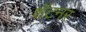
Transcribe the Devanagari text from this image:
शॅटनर